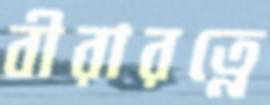
বীরারত্নে